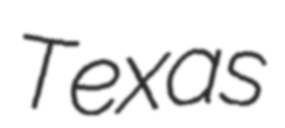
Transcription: Texas